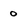
Character: 0